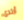
أرتدى